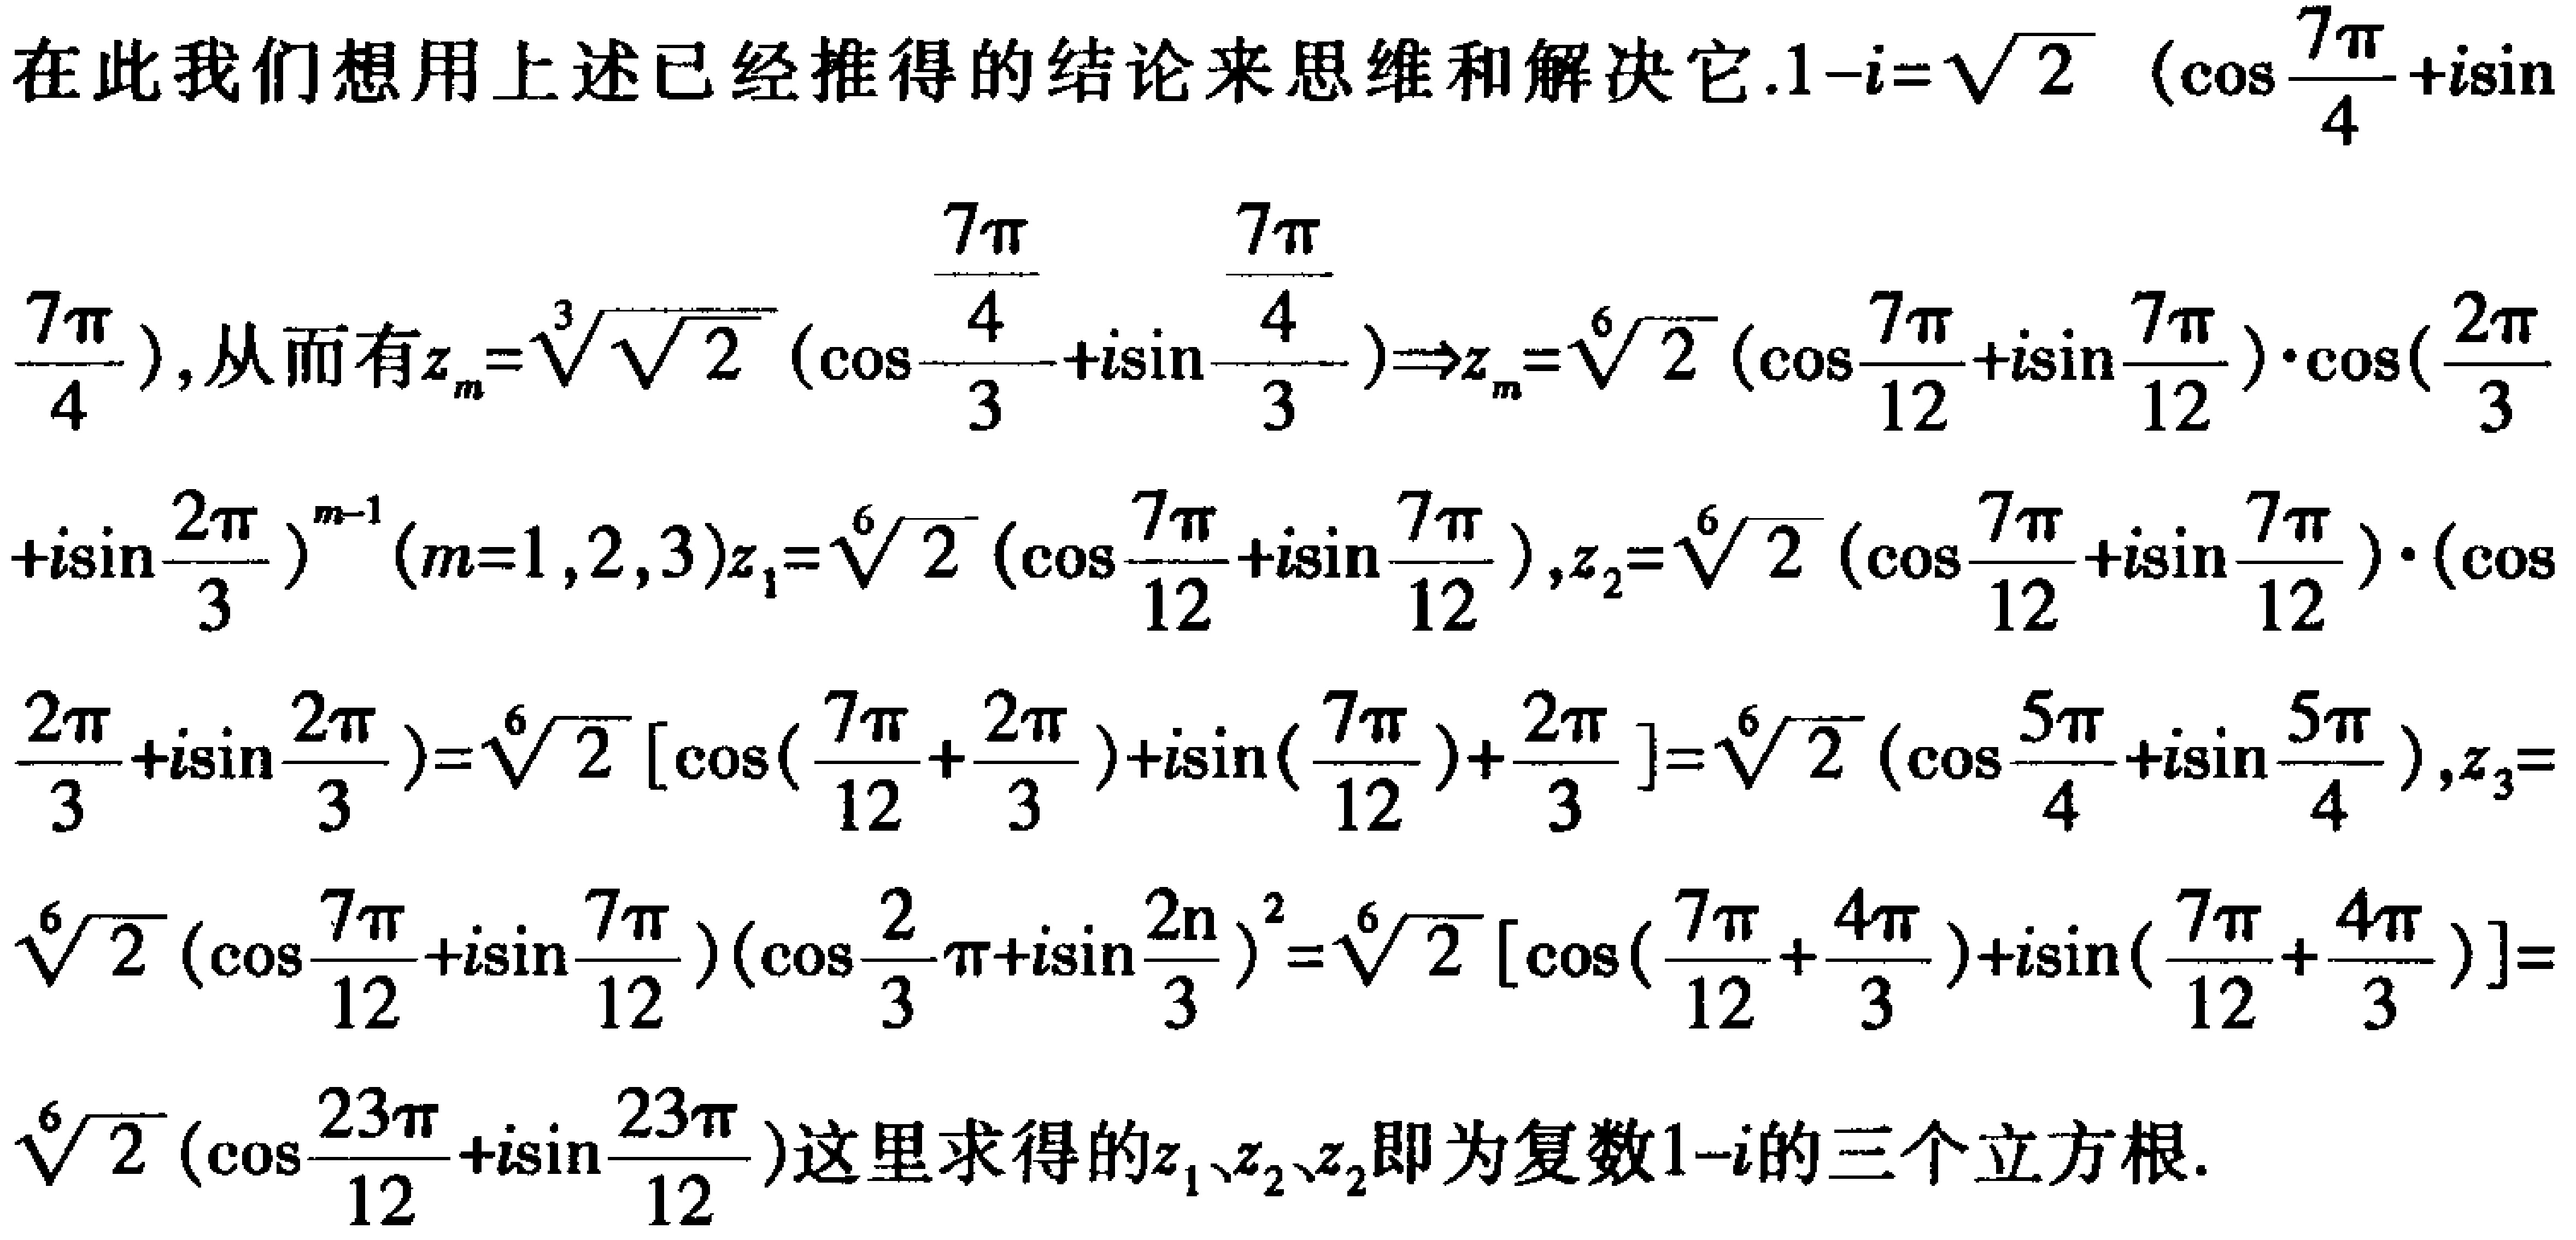
在此我们想用上述已经推得的结论来思维和解决它.\(1 - i = \sqrt{2} \left(\cos\frac{7\pi}{4} + i\sin\frac{7\pi}{4}\right)\)，从而有\(z_m=\sqrt[3]{\sqrt{2}} \left(\cos\frac{\frac{7\pi}{4}}{3}+i\sin\frac{\frac{7\pi}{4}}{3}\right)\Rightarrow z_m=\sqrt[6]{2} \left(\cos\frac{7\pi}{12}+i\sin\frac{7\pi}{12}\right)\cdot\left(\cos\frac{2\pi}{3}+i\sin\frac{2\pi}{3}\right)^{m - 1}(m = 1,2,3)\) \(z_1=\sqrt[6]{2} \left(\cos\frac{7\pi}{12}+i\sin\frac{7\pi}{12}\right)\)，\(z_2=\sqrt[6]{2} \left(\cos\frac{7\pi}{12}+i\sin\frac{7\pi}{12}\right)\cdot\left(\cos\frac{2\pi}{3}+i\sin\frac{2\pi}{3}\right)=\sqrt[6]{2} \left[\cos\left(\frac{7\pi}{12}+\frac{2\pi}{3}\right)+i\sin\left(\frac{7\pi}{12}\right)+\frac{2\pi}{3}\right]=\sqrt[6]{2} \left(\cos\frac{5\pi}{4}+i\sin\frac{5\pi}{4}\right)\)，\(z_3=\sqrt[6]{2} \left(\cos\frac{7\pi}{12}+i\sin\frac{7\pi}{12}\right)\left(\cos\frac{2}{3}\pi+i\sin\frac{2\pi}{3}\right)^2=\sqrt[6]{2} \left[\cos\left(\frac{7\pi}{12}+\frac{4\pi}{3}\right)+i\sin\left(\frac{7\pi}{12}+\frac{4\pi}{3}\right)\right]=\sqrt[6]{2} \left(\cos\frac{23\pi}{12}+i\sin\frac{23\pi}{12}\right)\)这里求得的\(z_1\)、\(z_2\)、\(z_3\)即为复数\(1 - i\)的三个立方根.